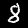
Digit: 8